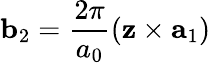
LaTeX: {\mathbf b}_{2}=\frac{2\pi}{a_{0}}({\mathbf z}\times{\mathbf a}_{1})